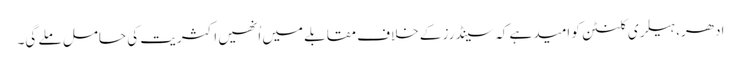
ادھر، ہیلری کلنٹن کو امید ہے کہ سینڈرز کے خلاف مقابلے میں اُنھیں اکثریت کی حامل ملے گی۔